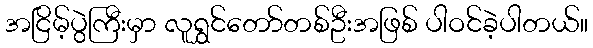
အငြိမ့်ပွဲကြီးမှာ လူရွှင်တော်တစ်ဦးအဖြစ် ပါဝင်ခဲ့ပါတယ်။